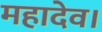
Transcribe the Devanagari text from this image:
महादेव।